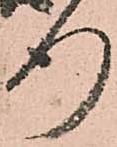
行